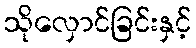
သိုလှောင်ခြင်းနှင့်